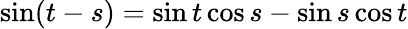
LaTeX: \sin(t-s)=\sin t\cos s-\sin s\cos t